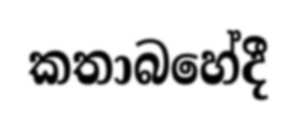
කතාබහේදී